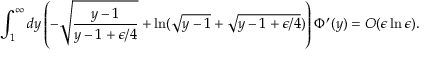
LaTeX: \int _ { 1 } ^ { \infty } d y \left( - \sqrt { \frac { y - 1 } { y - 1 + \epsilon / 4 } } + \ln ( \sqrt { y - 1 } + \sqrt { y - 1 + \epsilon / 4 } ) \right) \Phi ^ { \prime } ( y ) = O ( \epsilon \ln \epsilon ) .